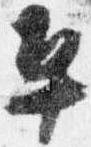
平